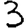
Digit: 3